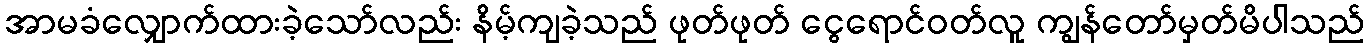
အာမခံလျှောက်ထားခဲ့သော်လည်း နိမ့်ကျခဲ့သည် ဖုတ်ဖုတ် ငွေရောင်ဝတ်လူ ကျွန်တော်မှတ်မိပါသည်